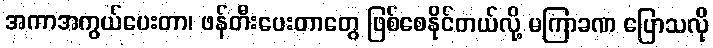
အကာအကွယ်ပေးတာ၊ ဖန်တီးပေးတာတွေ ဖြစ်စေနိုင်တယ်လို့ မကြာခဏ ပြောသလို